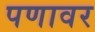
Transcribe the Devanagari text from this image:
पणावर